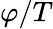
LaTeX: \varphi/T